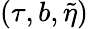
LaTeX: (\tau,b,\tilde{\eta})